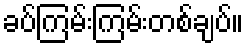
ခပ်ကြမ်းကြမ်းတစ်ချပ်။